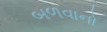
બળવાનો